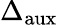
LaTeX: \Delta_{\mathrm{aux}}